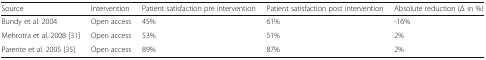
<table><thead><tr><td><b>Source</b></td><td><b>Intervention</b></td><td><b>Patient satisfaction pre intervention</b></td><td><b>Patient satisfaction post intervention</b></td><td><b>Absolute reduction (Δ in %)</b></td></tr></thead><tbody><tr><td>Bundy et al. 2004</td><td>Open access</td><td>45%</td><td>61%</td><td>-16%</td></tr><tr><td>Mehrotra et al. 2008 [31]</td><td>Open access</td><td>53%</td><td>51%</td><td>2%</td></tr><tr><td>Parente et al. 2005 [35]</td><td>Open access</td><td>89%</td><td>87%</td><td>2%</td></tr></tbody></table>